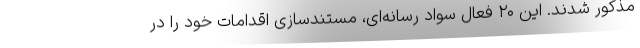
مذکور شدند. این ۲۰ فعال سواد رسانه­‌ای، مستندسازی اقدامات خود را در